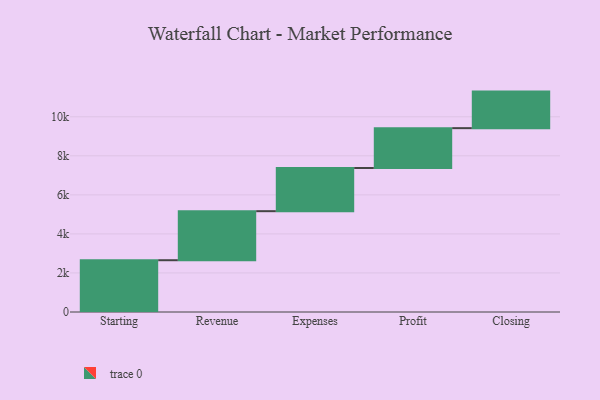
{"axis": {"x": "Step", "y": "Value"}, "legend": [""], "data": [{"x": "Starting", "y": 2652.0, "type": ""}, {"x": "Revenue", "y": 2512.0, "type": ""}, {"x": "Expenses", "y": 2212.0, "type": ""}, {"x": "Profit", "y": 2041.0, "type": ""}, {"x": "Closing", "y": 1872.0, "type": ""}]}